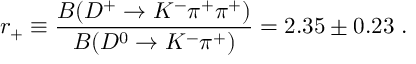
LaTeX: r _ { + } \equiv \frac { B ( D ^ { + } \rightarrow K ^ { - } \pi ^ { + } \pi ^ { + } ) } { B ( D ^ { 0 } \rightarrow K ^ { - } \pi ^ { + } ) } = 2 . 3 5 \pm 0 . 2 3 \; .